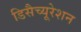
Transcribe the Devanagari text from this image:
डिसैच्यूरेशन